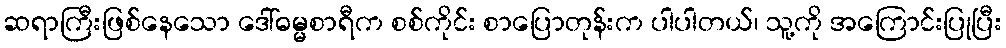
ဆရာကြီးဖြစ်နေသော ဒေါ်ဓမ္မစာရီက စစ်ကိုင်း စာပြောတုန်းက ပါပါတယ်၊ သူ့ကို အကြောင်းပြုပြီး